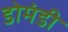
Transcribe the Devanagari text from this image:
डोमंडी